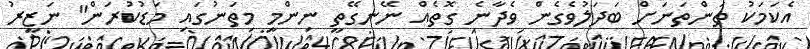
އެކަމަކު ތަންތަނަށް ބަދަލުވެގެން ވެދާނެ ގޮތެއް ނޭނގޭތީ ނިންމީ މިތަނުގައި މަޑުކުރަން" ނަޒީރު